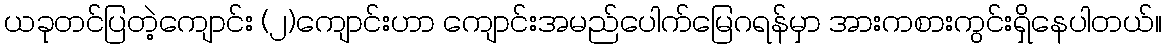
ယခုတင်ပြတဲ့ကျောင်း (၂)ကျောင်းဟာ ကျောင်းအမည်ပေါက်မြေဂရန်မှာ အားကစားကွင်းရှိနေပါတယ်။